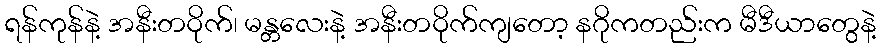
ရန်ကုန်နဲ့ အနီးတဝိုက်၊ မန္တလေးနဲ့ အနီးတဝိုက်ကျတော့ နဂိုကတည်းက မီဒီယာတွေနဲ့